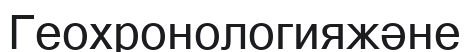
Геохронологияжәне